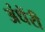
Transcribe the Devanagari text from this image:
अंधेंरी